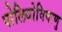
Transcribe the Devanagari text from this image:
पोलियोविषाणु